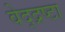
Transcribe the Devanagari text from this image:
वेद्द्रष्टा